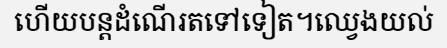
ហើយបន្តដំណើរតទៅទៀត។ឈ្វេងយល់